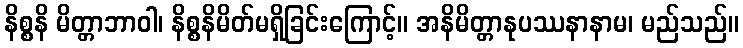
နိစ္စနိ မိတ္တာဘာဝါ၊ နိစ္စနိမိတ်မရှိခြင်းကြောင့်။ အနိမိတ္တာနုပဿနာနာမ၊ မည်သည်။